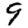
Digit: 9